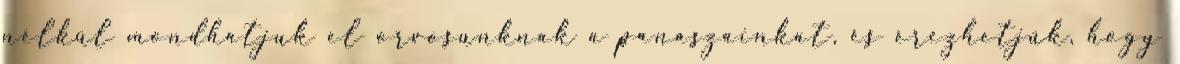
nélkül mondhatjuk el orvosunknak a panaszainkat, és érezhetjük, hogy